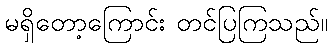
မရှိတော့ကြောင်း တင်ပြကြသည်။